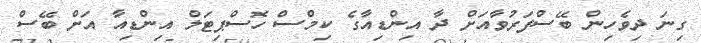
ގިނަ ދިވެހިން ބޭސްފަރުވާއަށް ދާ އިންޑިއާގެ ކިމްސް ހޮސްޕިޓަލް އިންޑިއާ އަށް ބޭސް